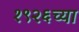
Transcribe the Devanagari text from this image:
१९२६च्या